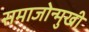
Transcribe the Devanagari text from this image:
समाजोन्मुखी